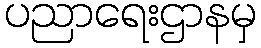
ပညာရေးဌာနမှ